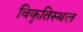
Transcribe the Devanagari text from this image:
विकृतिस्थल